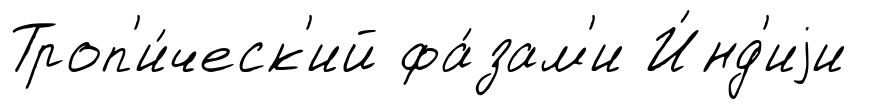
Троп'и́ческ'ий фа́зам'и И́нд'иjи